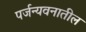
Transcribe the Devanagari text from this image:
पर्जन्यवनातील